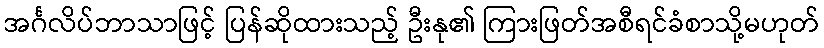
အင်္ဂလိပ်ဘာသာဖြင့် ပြန်ဆိုထားသည့် ဦးနု၏ ကြားဖြတ်အစီရင်ခံစာသို့မဟုတ်